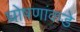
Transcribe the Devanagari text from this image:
घोषणांकडे